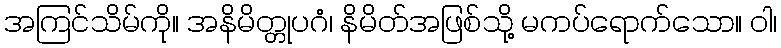
အကြင်သိမ်ကို။ အနိမိတ္တုပဂံ၊ နိမိတ်အဖြစ်သို့ မကပ်ရောက်သော။ ဝါ၊